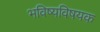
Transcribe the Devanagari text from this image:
भविष्यविषयक